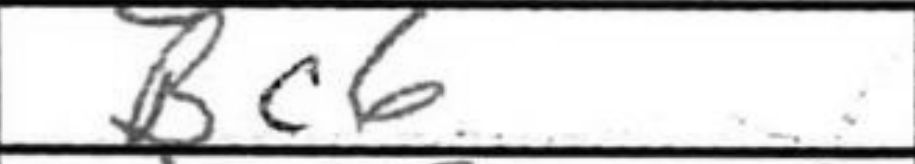
Transcription: Bc6